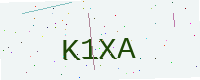
Text: K1XA